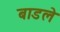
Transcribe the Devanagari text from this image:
बाडले